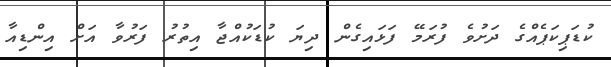
ކުޑަޕިކަޕެއްގެ ދަށުވެ ފުރަމޭ ފަޅައިގެން ދިޔަ ކުޑަކުއްޖާ އިތުރު ފަރުވާ އަށް އިންޑިއާ